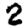
Digit: 2